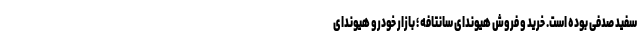
سفید صدفی بوده است. خرید و فروش هیوندای سانتافه ؛ بازار خودرو هیوندای